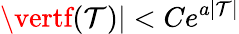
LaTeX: \vertf(\mathcal{T})\vert<Ce^{a\vert\mathcal{T}\vert}